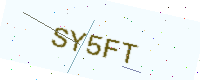
Text: SY5FT